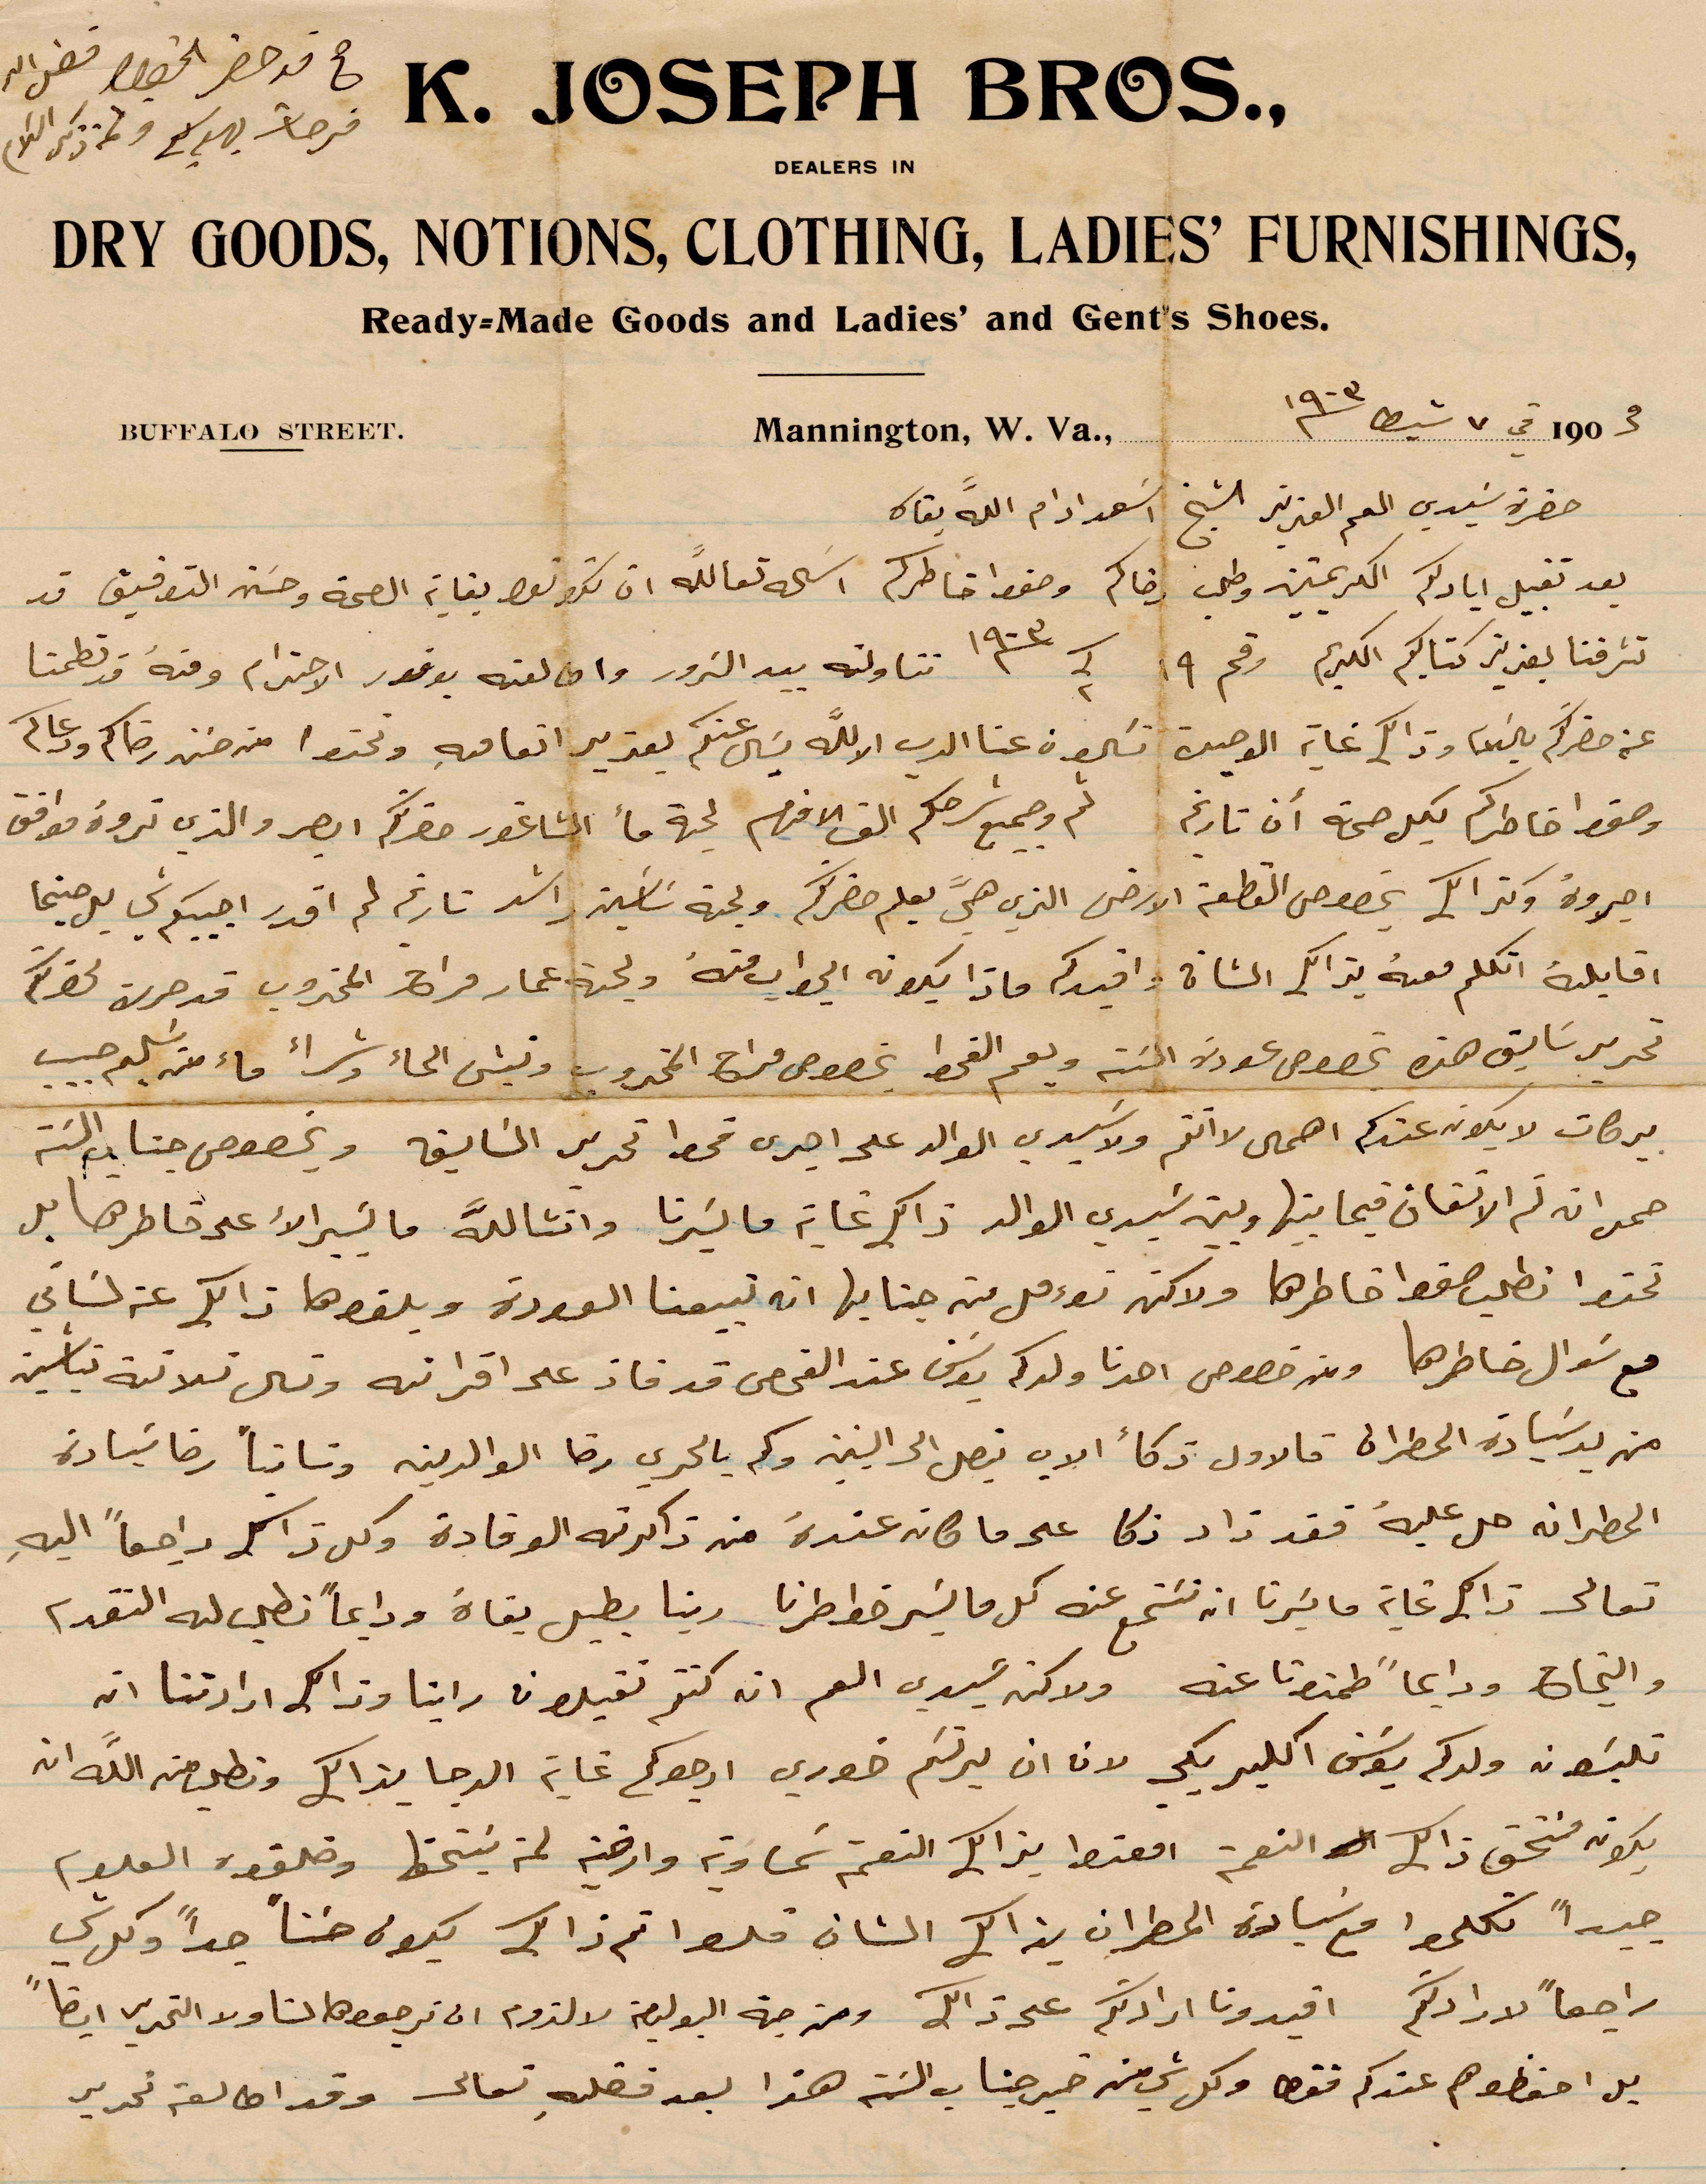
حضرة سيدي العم العزيز الشيخ اسعد ادام الله بقاه
بعد تقبيل اياديكم الكريمتين وطلب رضاكم وحفظ خاطركم اسال الله تعالى ان تكونوا بغاية الصحة وحسن التوفيق قد
تشرفنا بعزيز كتابكم الكريم رقم ١۹ سنة ١۹٠۳ تناولته بيد الزور وان لفه بوفور الاحترام ومنه قد تطمنا
عن حضرتكم %% وذلك غاية الوصية تكون عنا الرب الا الله يسال عنكم بقدير اتفاقيه ونحن من حين رضاكم ودعاكم
وصفوا خاطركم بكل صحة ان تاريخ ثم وجميع شرحكم الف افندم لجهة ما الشاغور حضرتكم ابصر والذي تروه موافق
اجروه وكذلك بخصوص القطعة الأرض الذي هي بعلم حضرتكم ولجهة ساسين راشد تاريخ لم اقدر اجيبكم في حينها
اقابله أتكلم مه بذات الشأن وافيدكم ماذا يكون الجواب منه ولجهة عمار فراح المجذوب قد جرت لحضرتكم
تحرير سابق هذه بخصوص عودة النية ويعم القحط بخصوص مراح المجذوب ونبع الماء وشراء ماء منه يسلم حبيب
بركات لا يكون عندكم اهمال لا تمم ولا سيدي الوالد على اجرى قحط تحرير السابق وبخصوص جناب %%
صمد انه تم الاتفاق فيما بينها وبين سيدي الوالد ذلك غاية ما يسرنا وانشالله ما يسير الأعلى على خاطرها بل
مع سؤال خاطرها وبخصوص احدنا ولدكم يوسف عند الفحص قد فاز على اقرانه وتسال ثلاثة %%
من يد سيادة المطران قالاول ذكاء الاب يتصل الى %% وكم بالحري رضا الوالدين %% رضا سيادة
المطران جل عليه فقد ذاد ذكا عندما كان عنده من ذاكرته الوقادة وكل ذلك راجعًا اليه
تعالى ذلم غاية ما يسرنا ان %% عنه كل ما يسر خواطرنا ربنا يطيل بقاه ودايمًا نطلب له التقدم
والنجاح ودايمًا طمنونا عنه ولأنه سيدي العم انه كنتم تقبلون راينا وذلك ارادتنا ان
تلبون ولدكم يوسف اكليريكي لان ان يرتسم خوري ارجوكم غاية الرجا بذالك ونطلب من الله ان
يكون مستخق ذلك النعمة امعتوا بذاك النعمة شماوية وارضية لمن يستحق وخلقوه العلوم
جيدًا تكلموا مع سيادة المطران بذالك الشأن %% تم ذلك يكون حسنًا جدًا وكل شي
راجعًا لارادتكم افيدونا ارادتكم على ذلك ومن جهة البوليصة لا لزوم ان ترجعوها لنا ولا التحرير ايضًا
بل حفظوها عندكم فقط وكل شي من خير جناب الست هذا بعد فضله تعالى وقد اطالع تحرير